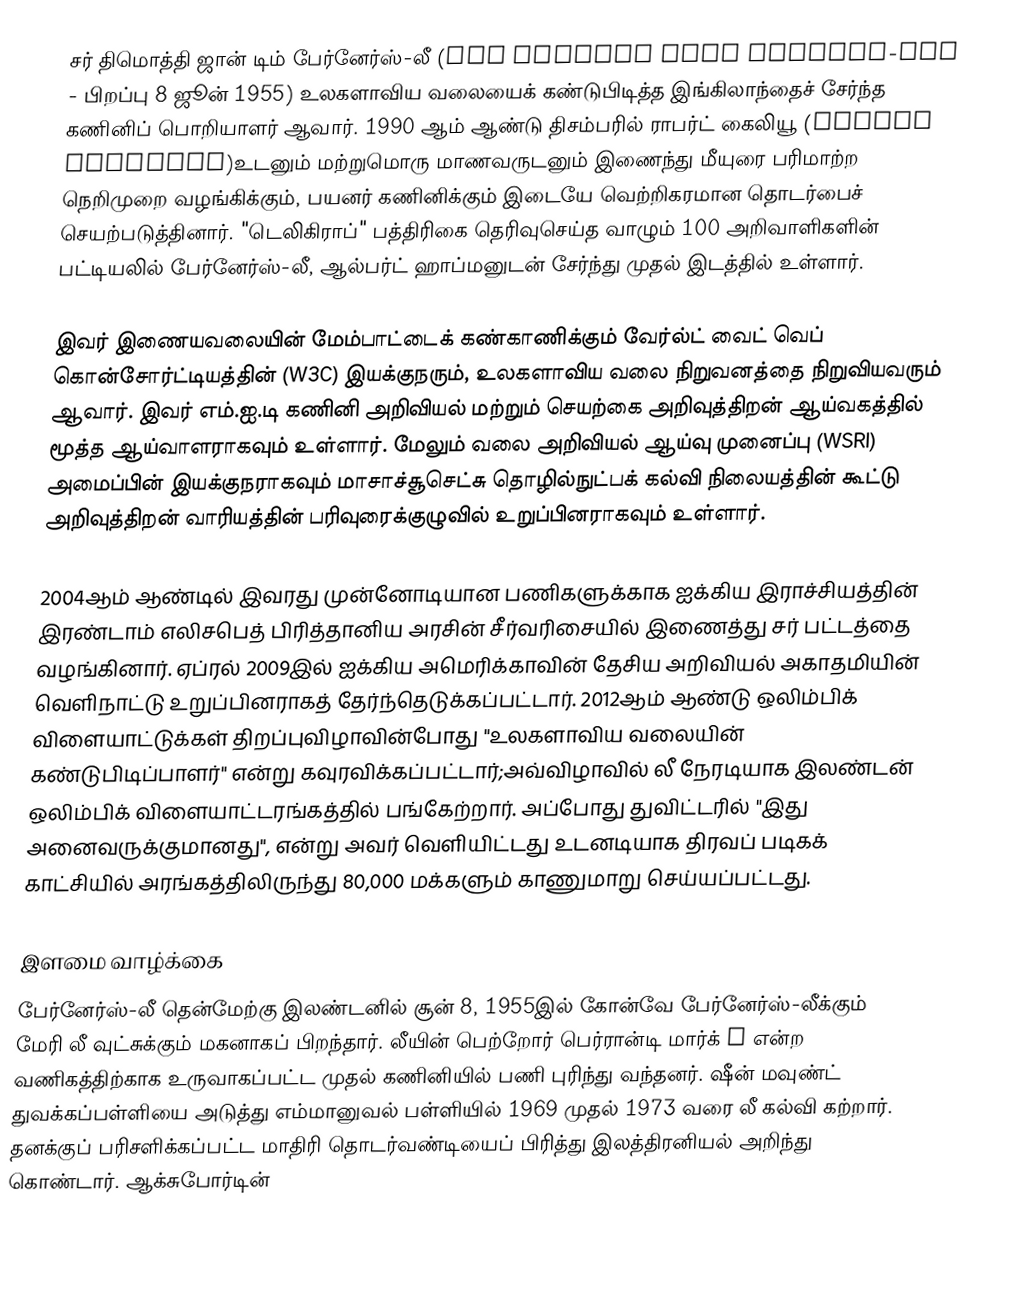
சர் திமொத்தி ஜான் டிம் பேர்னேர்ஸ்-லீ (Sir Timothy John Berners-Lee - பிறப்பு 8 ஜூன் 1955) உலகளாவிய வலையைக் கண்டுபிடித்த இங்கிலாந்தைச் சேர்ந்த கணினிப் பொறியாளர் ஆவார். 1990 ஆம் ஆண்டு திசம்பரில் ராபர்ட் கைலியூ (Robert Cailliau)உடனும் மற்றுமொரு  மாணவருடனும் இணைந்து மீயுரை பரிமாற்ற நெறிமுறை வழங்கிக்கும், பயனர் கணினிக்கும் இடையே வெற்றிகரமான தொடர்பைச் செயற்படுத்தினார். "டெலிகிராப்" பத்திரிகை தெரிவுசெய்த வாழும் 100 அறிவாளிகளின் பட்டியலில் பேர்னேர்ஸ்-லீ, ஆல்பர்ட் ஹாப்மனுடன் சேர்ந்து முதல் இடத்தில் உள்ளார்.

இவர் இணையவலையின் மேம்பாட்டைக் கண்காணிக்கும் வேர்ல்ட் வைட் வெப் கொன்சோர்ட்டியத்தின் (W3C) இயக்குநரும், உலகளாவிய வலை நிறுவனத்தை  நிறுவியவரும் ஆவார். இவர் எம்.ஐ.டி கணினி அறிவியல் மற்றும் செயற்கை அறிவுத்திறன் ஆய்வகத்தில் மூத்த ஆய்வாளராகவும் உள்ளார். மேலும் வலை அறிவியல் ஆய்வு முனைப்பு (WSRI) அமைப்பின் இயக்குநராகவும்  மாசாச்சூசெட்சு தொழில்நுட்பக் கல்வி நிலையத்தின் கூட்டு அறிவுத்திறன் வாரியத்தின் பரிவுரைக்குழுவில் உறுப்பினராகவும் உள்ளார்.

2004ஆம் ஆண்டில் இவரது முன்னோடியான பணிகளுக்காக ஐக்கிய இராச்சியத்தின் இரண்டாம் எலிசபெத் பிரித்தானிய அரசின்  சீர்வரிசையில் இணைத்து சர் பட்டத்தை வழங்கினார். ஏப்ரல் 2009இல் ஐக்கிய அமெரிக்காவின் தேசிய அறிவியல் அகாதமியின் வெளிநாட்டு உறுப்பினராகத் தேர்ந்தெடுக்கப்பட்டார். 2012ஆம் ஆண்டு ஒலிம்பிக் விளையாட்டுக்கள் திறப்புவிழாவின்போது  "உலகளாவிய வலையின் கண்டுபிடிப்பாளர்" என்று கவுரவிக்கப்பட்டார்;அவ்விழாவில் லீ நேரடியாக   இலண்டன் ஒலிம்பிக் விளையாட்டரங்கத்தில் பங்கேற்றார். அப்போது துவிட்டரில் "இது அனைவருக்குமானது", என்று அவர் வெளியிட்டது உடனடியாக திரவப் படிகக் காட்சியில் அரங்கத்திலிருந்து 80,000 மக்களும் காணுமாறு செய்யப்பட்டது.

இளமை வாழ்க்கை
பேர்னேர்ஸ்-லீ தென்மேற்கு இலண்டனில்  சூன் 8, 1955இல் கோன்வே பேர்னேர்ஸ்-லீக்கும் மேரி லீ வுட்சுக்கும் மகனாகப் பிறந்தார். லீயின் பெற்றோர் பெர்ரான்டி மார்க் I என்ற வணிகத்திற்காக உருவாகப்பட்ட முதல் கணினியில்  பணி புரிந்து வந்தனர். ஷீன் மவுண்ட் துவக்கப்பள்ளியை அடுத்து எம்மானுவல் பள்ளியில் 1969 முதல் 1973 வரை லீ கல்வி கற்றார். தனக்குப் பரிசளிக்கப்பட்ட மாதிரி தொடர்வண்டியைப் பிரித்து இலத்திரனியல் அறிந்து கொண்டார். ஆக்சுபோர்டின்